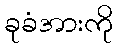
ခုခံအားကို